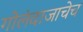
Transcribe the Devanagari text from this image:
गोलंदाजाचेच